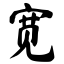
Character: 宽